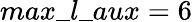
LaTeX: max\_ l\_ {aux}=6